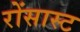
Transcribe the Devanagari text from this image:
रोंसास्ट